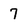
Character: 7